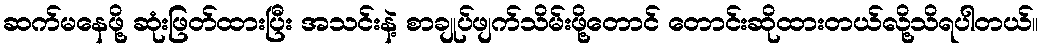
ဆက်မနေဖို့ ဆုံးဖြတ်ထားပြီး အသင်းနဲ့ စာချုပ်ဖျက်သိမ်းဖို့တောင် တောင်းဆိုထားတယ်လို့သိရပါတယ်။